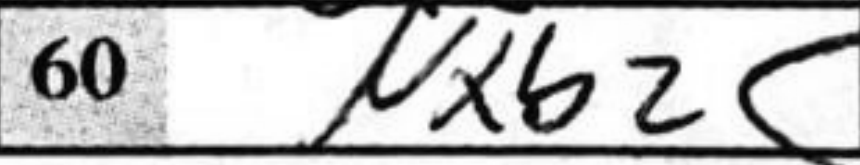
Transcription: Nxb2